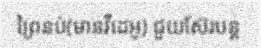
ព្រៃនប់(មានវីដេអូ) ជួយស៊ែរបន្ត